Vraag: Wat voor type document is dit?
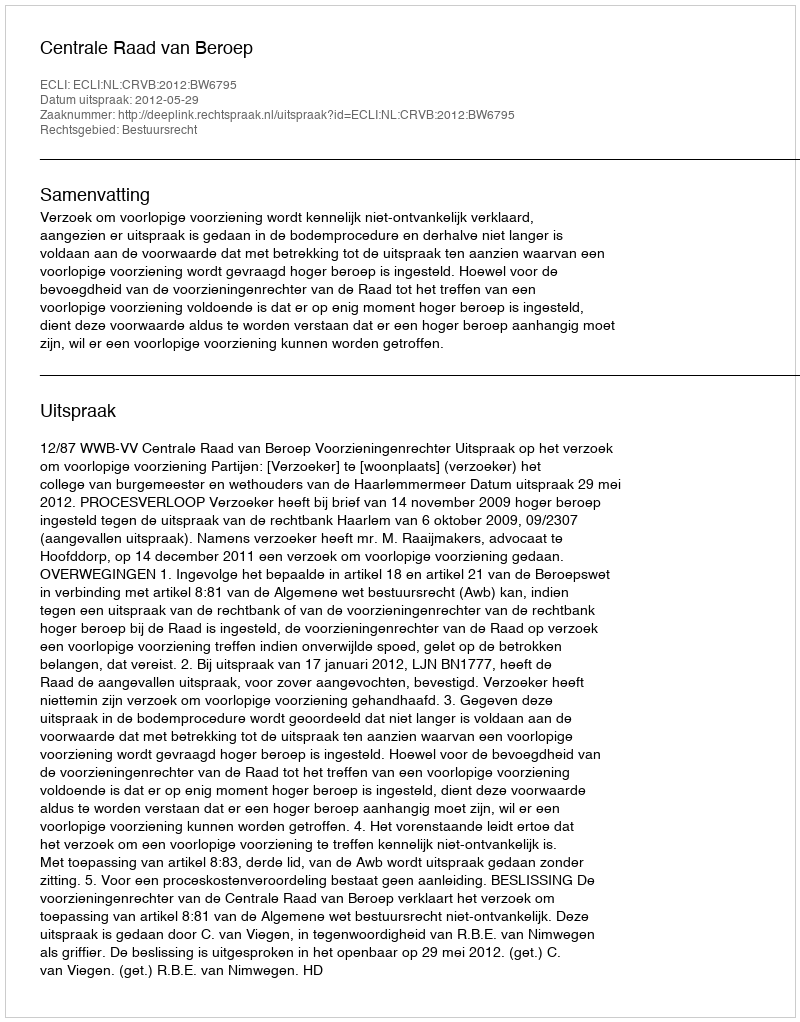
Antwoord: Uitspraak